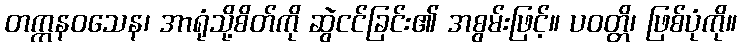
တက္ကနဝသေန၊ အာရုံသို့စိတ်ကို ဆွဲငင်ခြင်း၏ အစွမ်းဖြင့်။ ပဝတ္တိ၊ ဖြစ်ပုံကို။